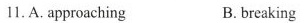
11. A. approaching B. breaking